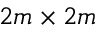
2 m \times 2 m